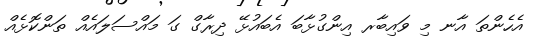
އެހެންތަ އާނ މި ވައިބާރ އިންގުޅާބަ އެބައުޅޭ ދިރާގް ގަ މައްސަލައެއް ތަންކޮޅެއް